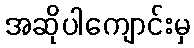
အဆိုပါကျောင်းမှ